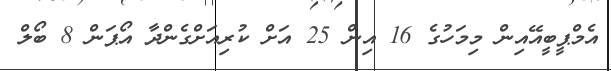
އެމްޕީބީއޭއިން މިމަހުގެ 16 އިން 25 އަށް ކުރިއަށްގެންދާ އޯޕަން 8 ބޯލް